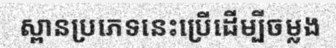
ស្ពានប្រភេទនេះប្រើដើម្បីចម្លង